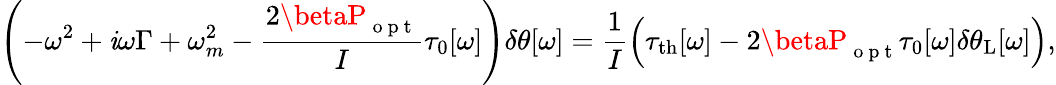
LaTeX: \left(-\omega^{2}+\mathit{i}\omega\Gamma+\omega_{m}^{2}-\frac{{2\betaP_{\mathrm{{~o~p~t~}}}}}{{I}}\tau_{0}[\omega]\right)\delta\theta[\omega]=\frac{{1}}{{I}}\left(\tau_{\mathrm{{{th}}}}[\omega]-2\betaP_{\mathrm{{~o~p~t~}}}\tau_{0}[\omega]\delta\theta_{\mathrm{{{L}}}}[\omega]\right),